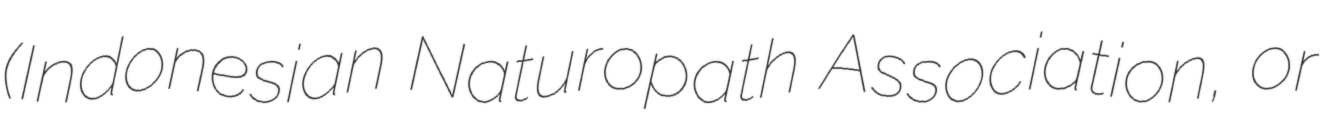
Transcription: (Indonesian Naturopath Association, or